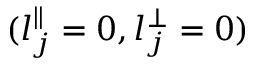
( l _ { j } ^ { \parallel } = 0 , l _ { j } ^ { \perp } = 0 )